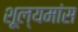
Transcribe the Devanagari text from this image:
शूल्यमांस